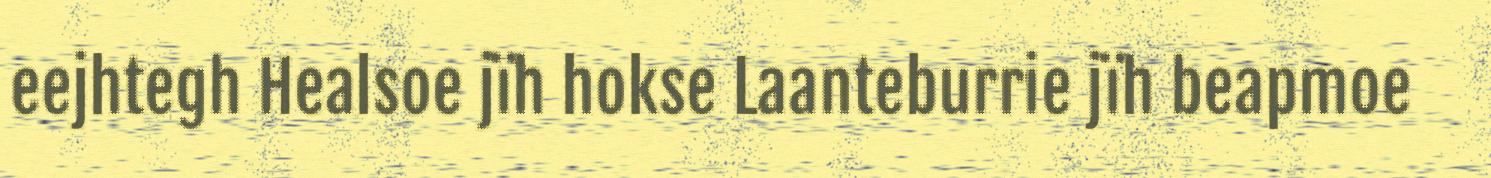
eejhtegh Healsoe jïh hokse Laanteburrie jïh beapmoe